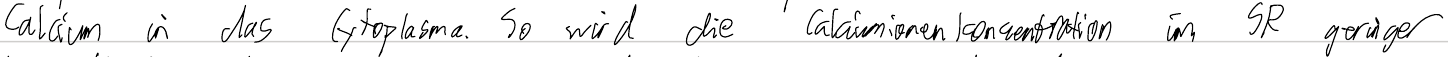
Calcium in das Cytoplasma. So wird die Calciumionenkonzentration im SR geringer